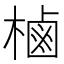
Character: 樐